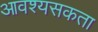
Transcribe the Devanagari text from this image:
आवश्यसकता